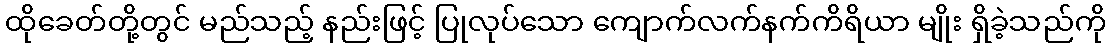
ထိုခေတ်တို့တွင် မည်သည့် နည်းဖြင့် ပြုလုပ်သော ကျောက်လက်နက်ကိရိယာ မျိုး ရှိခဲ့သည်ကို